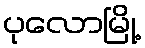
ပုလောမြို့